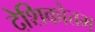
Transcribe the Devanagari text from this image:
देशिकोत्तम